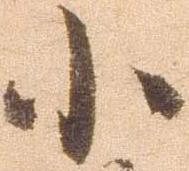
小